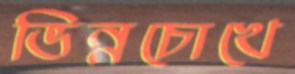
ভিন্নচোখে